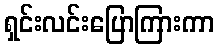
ရှင်းလင်းပြောကြားကာ